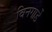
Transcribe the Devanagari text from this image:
विनगार्डे